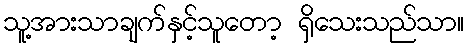
သူ့အားသာချက်နှင့်သူတော့ ရှိသေးသည်သာ။